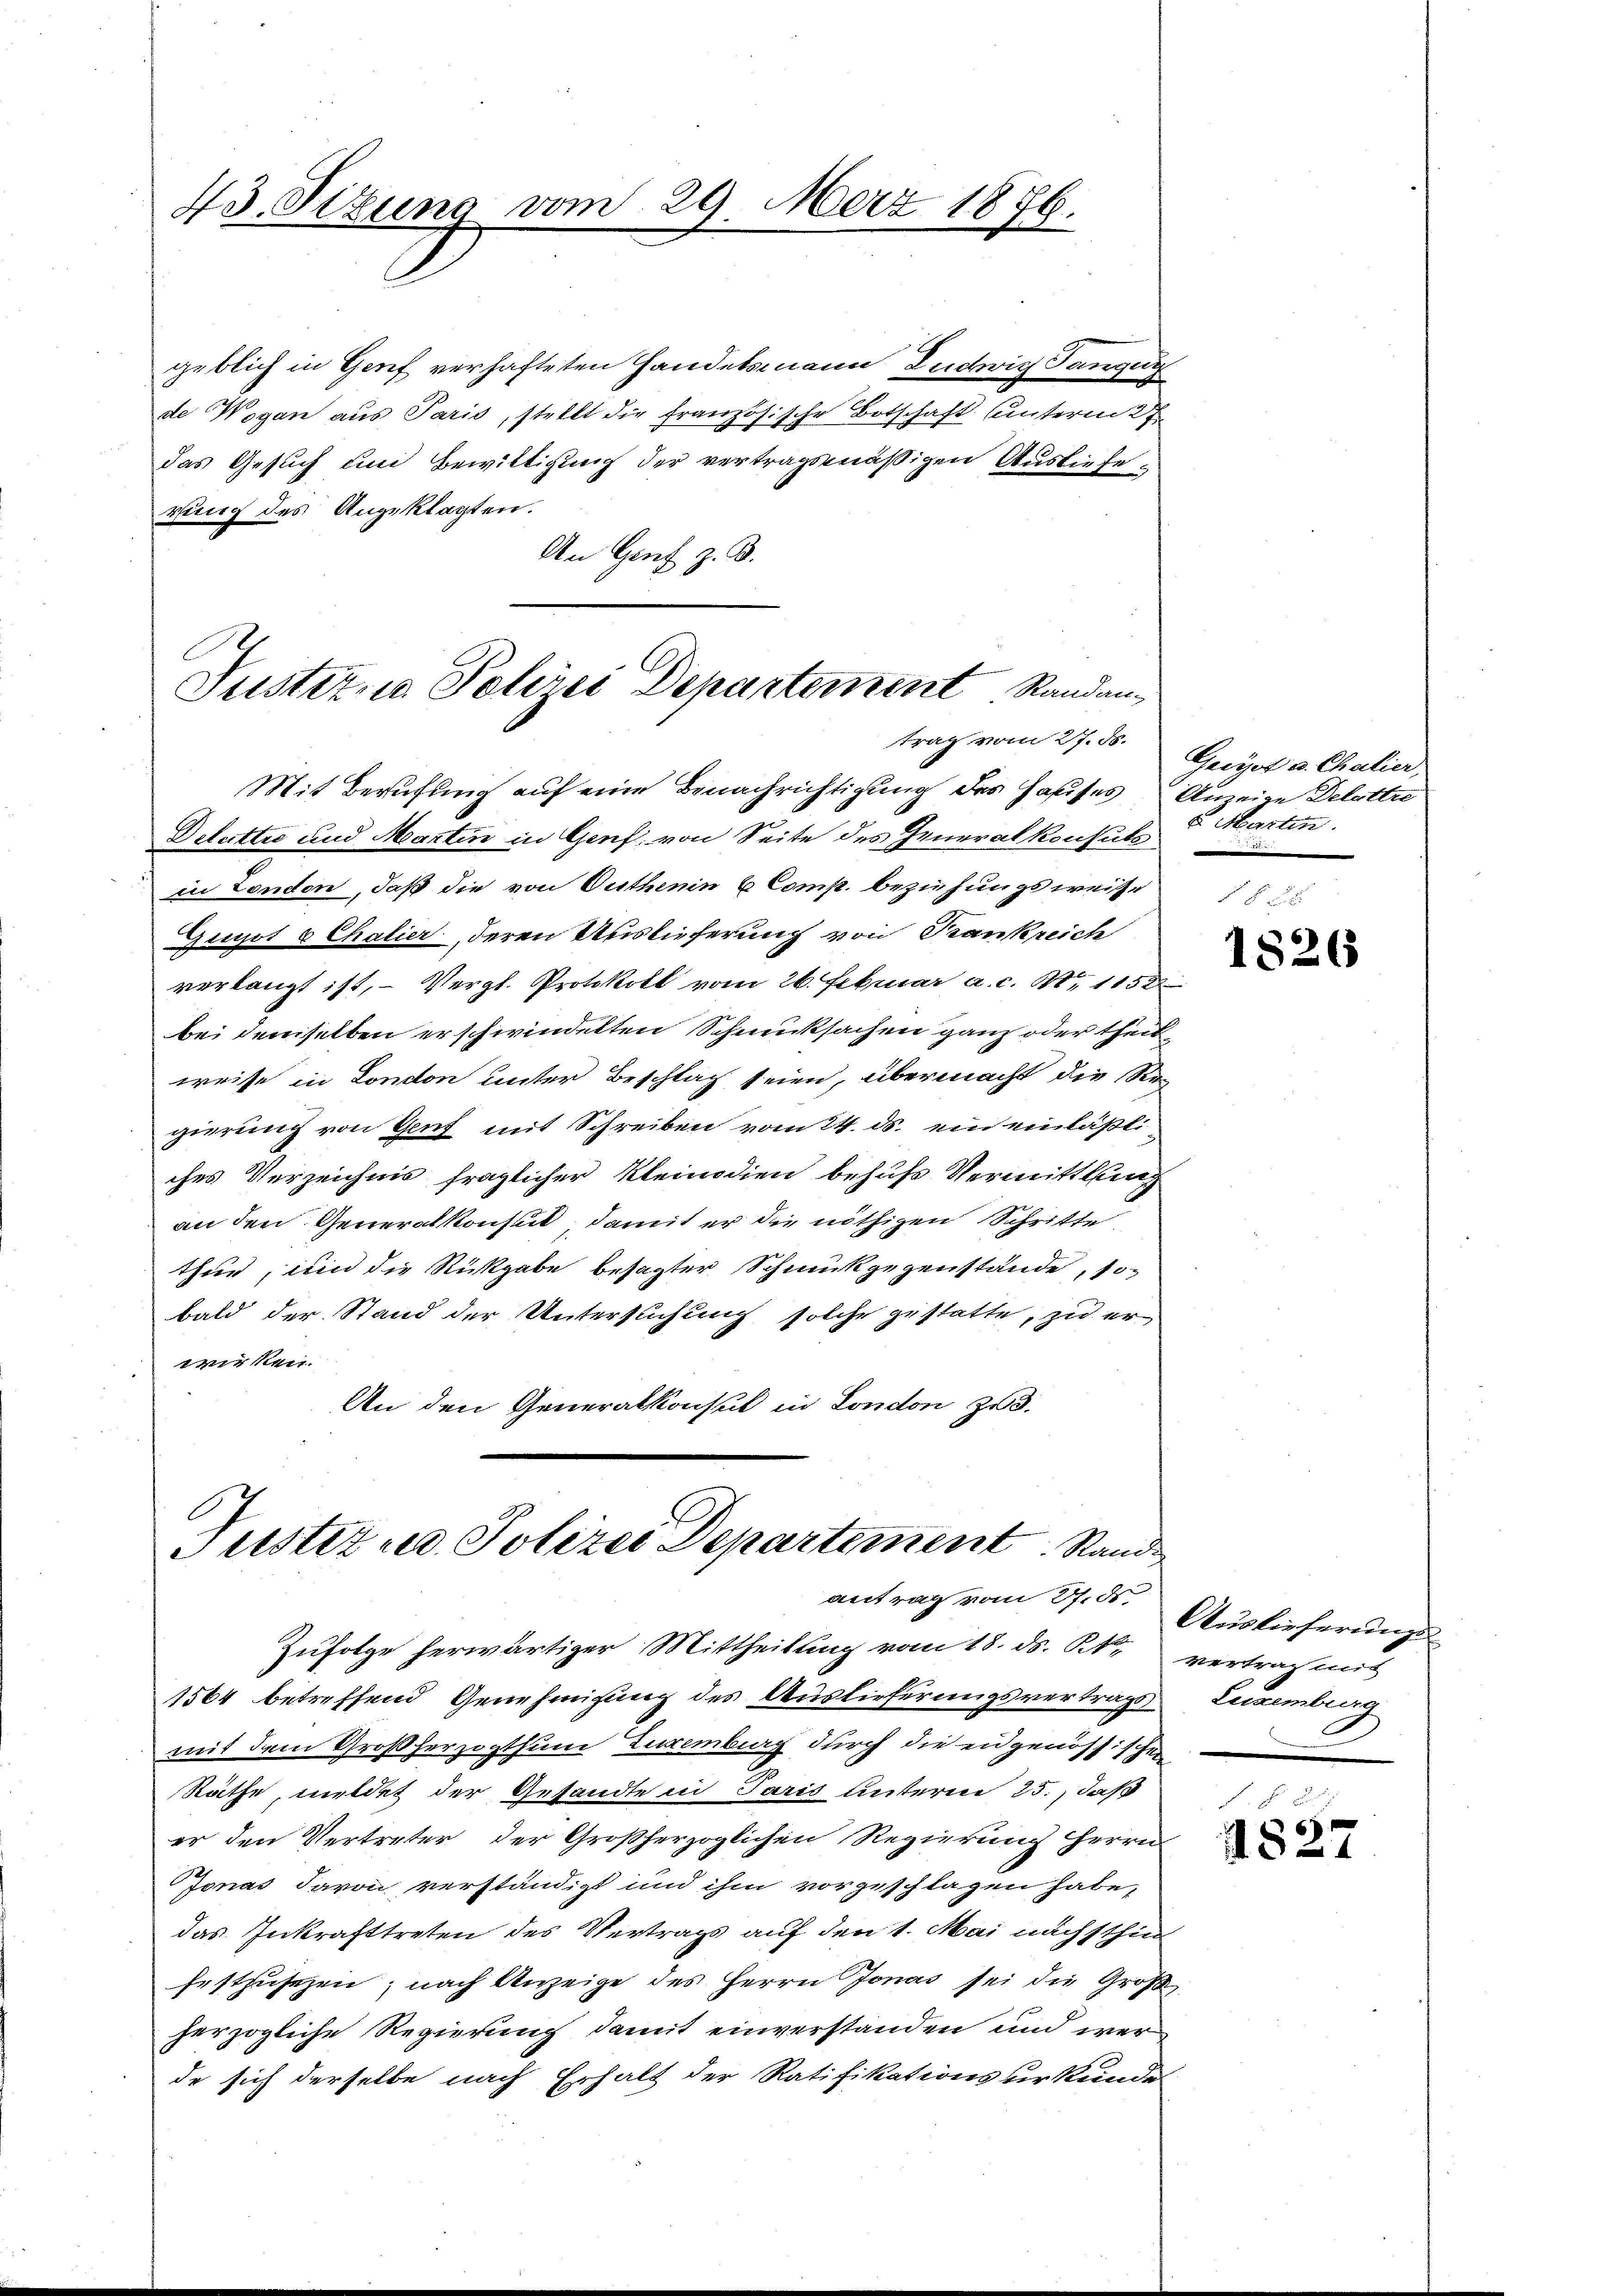
43. Sitzung vom 29. März 1876.

geblich in Genf verhafteten Handelsmann Ludwig Tanzeig
de Wogen aus Paris, stellt die französische Botschaft unterm 27.
das Gesuch und Bewilligung der vertragsmäßigen Auslieferung des Angeklagten.
An Genf z. B.

Justizio Polizei Departement Randantrag vom 27. ds.
Mit Berufung auf eine Benachrichtigung des Hauses Anzeige Delettre

Justiz u. Polizei Departement Stande
antrag vom 27. den Auslieferungs¬
Zufolge herwärtiger Mittheilung vom 18. ds. k.k. vertrag mit

1564 betreffend Genehmigung des Auslieferungsvertrags Lezemberg
mit dem Großherzogthum Luxenburg durch die eidgenössischen
Räthe, meldet der Gesandte in Paris unterm 25., daß
er den Vertreter, der Großherzoglichen Regierung herrn
Jonas davon verständigt und ihm vorgeschlagen habe,
das Inkrafttreten des Vertrags auf den 1. Mai nachsthin
festzusetzen; nach Anzeige des Herrn Jonas sei die Groß
herzogliche Regierung damit einverstanden und werde sich derselbe nach Erhalt der Ratifikationsverkende

Delettre und Martin in Genf von Seite des Generalkonsuls
in London, daß die von Outhenin 6 Comp. beziehungsweise
epot Chalier deren Auslieferung von Trankreich
verlangt ist, – Vergl. Protokoll vom 26. Februar a. c. S. 1158
bei demselben erschwindelten Schmucksachen ganz oder theil
weise in London unter Beschlag seien, übermacht die Reg
gierung von Genf mit Schreiben vom 24. ds. ein einläßliches Verzeichnis fraglicher Kleinodien behufs Vermittlung
an den Generalkonsul, damit er die nöthigen Schritte
thur, um die Rückgabe besagter Schmückgegenstände, so
bald der Stand der Untersuchung solche gestatte, zu erwirken.
An den Generalkonsul in London zu.

Gacirt u. Chalier
u Marten.

1826

4827